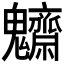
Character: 𩵃